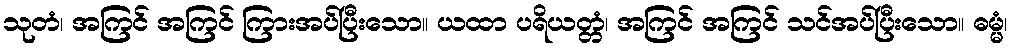
သုတံ၊ အကြင် အကြင် ကြားအပ်ပြီးသော။ ယထာ ပရိယတ္တံ၊ အကြင် အကြင် သင်အပ်ပြီးသော။ ဓမ္မံ၊